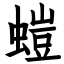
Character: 螘